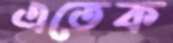
এতেক